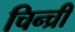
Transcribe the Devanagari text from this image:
चिन्च्री